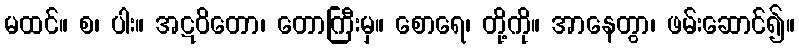
မထင်။ စ၊ ပါး။ အဋဝိတော၊ တောကြီးမှ။ စောရေ၊ တို့ကို။ အာနေတွာ၊ ဖမ်းဆောင်၍။